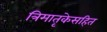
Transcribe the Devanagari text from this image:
त्रिमातृकेसहित